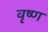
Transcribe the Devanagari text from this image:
वृष्ण